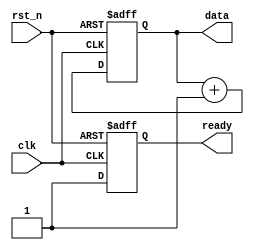
module reset_example (
    input wire clk,          // Clock input
    input wire rst_n,       // Active-low reset signal
    output reg [7:0] data,  // 8-bit data register
    output reg ready        // Ready signal
);

// Initial state definition
initial begin
    data = 8'b00000000;    // Initialize data register to zero
    ready = 1'b0;          // Initialize ready signal to low
end

// Asynchronous reset behavior
always @(posedge clk or negedge rst_n) begin
    if (!rst_n) begin
        // Behavior on reset
        data <= 8'b00000000; // Clear data register
        ready <= 1'b0;       // Set ready signal to low
    end else begin
        // Normal operation (example behavior)
        data <= data + 1;    // Increment data register
        ready <= 1'b1;        // Set ready signal to high
    end
end

endmodule